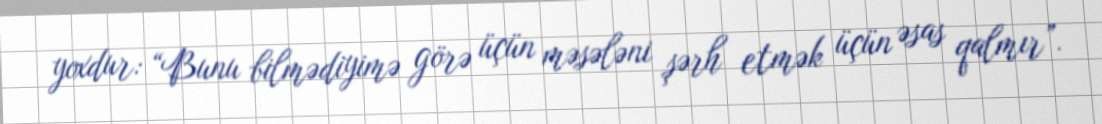
yoxdur: “Bunu bilmədiyimə görə üçün məsələni şərh etmək üçün əsas qalmır”.